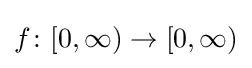
f\colon [0,\infty )\to [0,\infty )